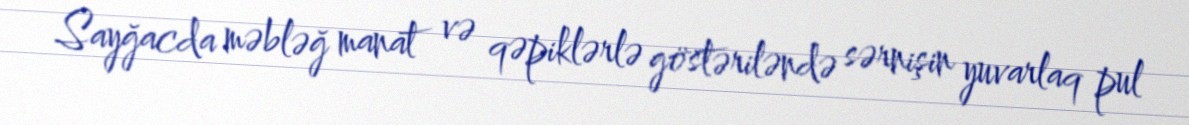
Sayğacda məbləğ manat və qəpiklərlə göstəriləndə sərnişin yuvarlaq pul